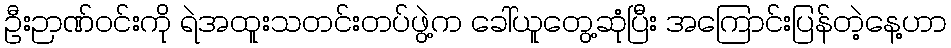
ဦးဉာဏ်ဝင်းကို ရဲအထူးသတင်းတပ်ဖွဲ့က ခေါ်ယူတွေ့ဆုံပြီး အကြောင်းပြန်တဲ့နေ့ဟာ